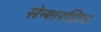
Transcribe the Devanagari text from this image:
सेन्शरशिप